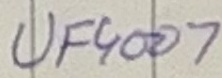
Text: UF4007